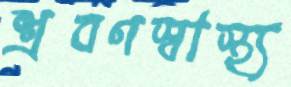
শ্রবণস্বাস্থ্য